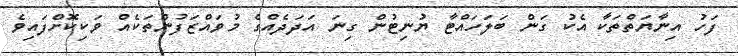
ފަހު އިނާޔަތްތަކާ އެކު ގަން ބަލަހައްޓާ ޔުނިޓުން ގިނަ އަދަދެއްގެ މުވައްޒަފުންތަކެއް ވަކިކޮށްފައިވެ